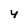
Character: 4